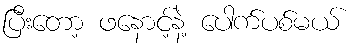
ပြီးတော့ ဖနောင့်နဲ့ ပေါက်ပစ်မယ်